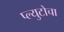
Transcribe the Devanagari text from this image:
प्ल्युटोचा